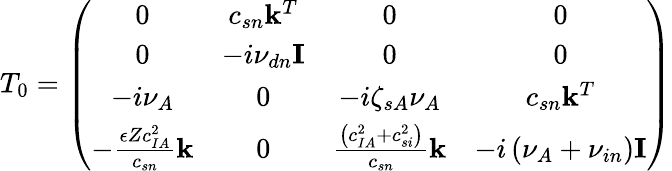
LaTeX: T_{0}=\left(\begin{array}{cccc}{0}&{c_{{sn}}\mathbf{k}^{T}}&{0}&{0}\\ {0}&{-i\nu_{{dn}}\mathbf{I}}&{0}&{0}\\ {-i\nu_{{A}}}&{0}&{-i\zeta_{sA}{\nu_{A}}}&{c_{{sn}}\mathbf{k}^{T}}\\ {-\frac{\epsilon Zc_{{IA}}^{2}}{c_{{sn}}}\mathbf{k}}&{0}&{\frac{\left(c_{{IA}}^{2}+c_{{si}}^{2}\right)}{c_{{sn}}}\mathbf{k}}&{-i\left({\nu_{A}}+{\nu_{in}}\right)\mathbf{I}}\end{array}\right)